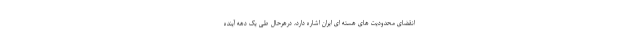
انقضای محدودیت های هسته ای ایران اشاره دارد، درهرحال طی یک دهه آینده